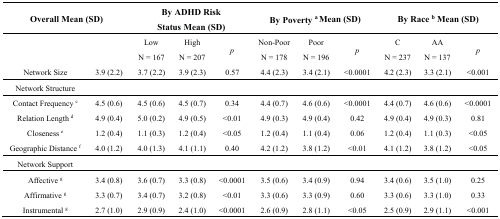
<table><thead><tr><td colspan="2"><b>Overall Mean (SD)</b></td><td colspan="3"><b>By ADHD Risk Status Mean (SD)</b></td><td colspan="3"><b>By Poverty <sup>a</sup> Mean (SD)</b></td><td colspan="3"><b>By Race <sup>b</sup> Mean (SD)</b></td></tr></thead><tbody><tr><td></td><td></td><td>LowN = 167</td><td>HighN = 207</td><td><i>p</i></td><td>Non-PoorN = 178</td><td>PoorN = 196</td><td><i>p</i></td><td>CN = 237</td><td>AAN = 137</td><td><i>p</i></td></tr><tr><td>Network Size</td><td>3.9 (2.2)</td><td>3.7 (2.2)</td><td>3.9 (2.3)</td><td>0.57</td><td>4.4 (2.3)</td><td>3.4 (2.1)</td><td>&lt;0.0001</td><td>4.2 (2.3)</td><td>3.3 (2.1)</td><td>&lt;0.001</td></tr><tr><td>Network Structure</td><td></td><td></td><td></td><td></td><td></td><td></td><td></td><td></td><td></td><td></td></tr><tr><td>Contact Frequency <sup>c</sup></td><td>4.5 (0.6)</td><td>4.5 (0.6)</td><td>4.5 (0.7)</td><td>0.34</td><td>4.4 (0.7)</td><td>4.6 (0.6)</td><td>&lt;0.0001</td><td>4.4 (0.7)</td><td>4.6 (0.6)</td><td>&lt;0.0001</td></tr><tr><td>Relation Length <sup>d</sup></td><td>4.9 (0.4)</td><td>5.0 (0.2)</td><td>4.9 (0.5)</td><td>&lt;0.01</td><td>4.9 (0.3)</td><td>4.9 (0.4)</td><td>0.42</td><td>4.9 (0.4)</td><td>4.9 (0.3)</td><td>0.81</td></tr><tr><td>Closeness <sup>e</sup></td><td>1.2 (0.4)</td><td>1.1 (0.3)</td><td>1.2 (0.4)</td><td>&lt;0.05</td><td>1.2 (0.4)</td><td>1.1 (0.4)</td><td>0.06</td><td>1.2 (0.4)</td><td>1.1 (0.3)</td><td>&lt;0.05</td></tr><tr><td>Geographic Distance <sup>f</sup></td><td>4.0 (1.2)</td><td>4.0 (1.3)</td><td>4.1 (1.1)</td><td>0.40</td><td>4.2 (1.2)</td><td>3.8 (1.2)</td><td>&lt;0.01</td><td>4.1 (1.2)</td><td>3.8 (1.2)</td><td>&lt;0.05</td></tr><tr><td>Network Support</td><td></td><td></td><td></td><td></td><td></td><td></td><td></td><td></td><td></td><td></td></tr><tr><td>Affective <sup>g</sup></td><td>3.4 (0.8)</td><td>3.6 (0.7)</td><td>3.3 (0.8)</td><td>&lt;0.0001</td><td>3.5 (0.6)</td><td>3.4 (0.9)</td><td>0.94</td><td>3.4 (0.6)</td><td>3.5 (1.0)</td><td>0.25</td></tr><tr><td>Affirmative <sup>g</sup></td><td>3.3 (0.7)</td><td>3.4 (0.7)</td><td>3.2 (0.8)</td><td>&lt;0.01</td><td>3.3 (0.6)</td><td>3.3 (0.9)</td><td>0.60</td><td>3.3 (0.6)</td><td>3.3 (1.0)</td><td>0.33</td></tr><tr><td>Instrumental <sup>g</sup></td><td>2.7 (1.0)</td><td>2.9 (0.9)</td><td>2.4 (1.0)</td><td>&lt;0.0001</td><td>2.6 (0.9)</td><td>2.8 (1.1)</td><td>&lt;0.05</td><td>2.5 (0.9)</td><td>2.9 (1.1)</td><td>&lt;0.001</td></tr></tbody></table>